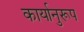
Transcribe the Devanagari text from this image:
कार्यानुरूप